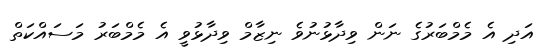
އަދި އެ މެމްބަރުގެ ނަން ވިދާޅުނުވެ ނިޒާމް ވިދާޅުވީ އެ މެމްބަރު މަސައްކަތް